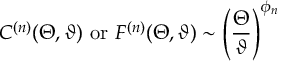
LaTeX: C ^ { ( n ) } ( \Theta , \vartheta ) ~ \mathrm { o r } ~ F ^ { ( n ) } ( \Theta , \vartheta ) \sim \left( \frac { \Theta } { \vartheta } \right) ^ { \phi _ { n } }